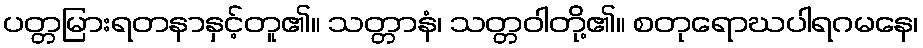
ပတ္တမြားရတနာနှင့်တူ၏။ သတ္တာနံ၊ သတ္တဝါတို့၏။ စတုရောဃပါရဂမနေ၊